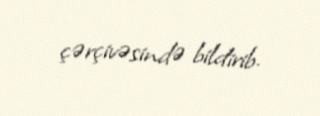
çərçivəsində bildirib.